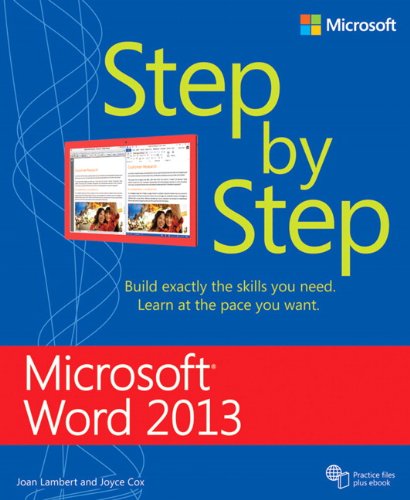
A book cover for Microsoft Word 2013 Step By Step; Joan Lambert; Computers & Technology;